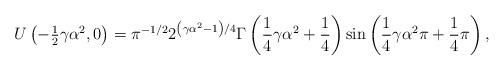
LaTeX: \begin{align*}U\left( {-{\tfrac{1}{2}}\gamma\alpha^{2},0}\right) =\pi^{-1/2}2^{\left({\gamma\alpha^{2}-1}\right) /4}\Gamma\left( {{\frac{1}{4}}\gamma\alpha^{2}+{\frac{1}{4}}}\right) \sin\left( {{\frac{1}{4}}\gamma\alpha^{2}\pi+{\frac{1}{4}}\pi}\right) , \end{align*}